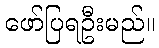
ဖော်ပြရဦးမည်။